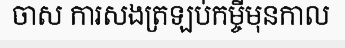
ចាស ការសងត្រឡប់កម្ចីមុនកាល